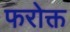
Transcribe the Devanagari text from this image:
फरोक्त